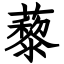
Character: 藜